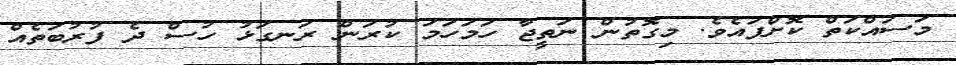
މަސައްކަތް ކޮށްފައެވެ. މިގޮތުން ނަތީޖާ ހަމަހަމަ ކުރަން ރަނގަޅު ހުސް ދެ ފުރުބަތެއް